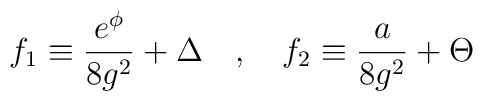
f_1 \equiv {\frac {e^{\phi}} {8 g^2}} + \Delta \quad , \quad f_2 \equiv {\frac{a} {8 g^2}} + \Theta